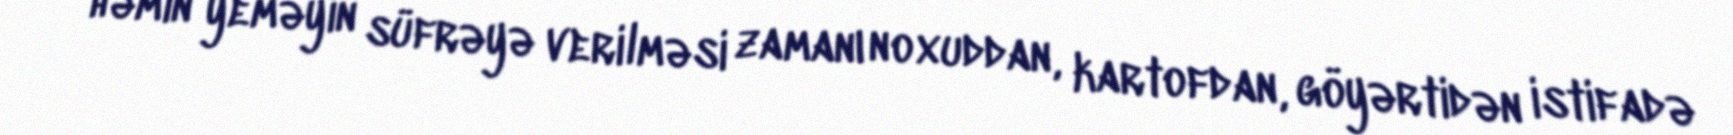
həmin yeməyin süfrəyə verilməsi zamanı noxuddan, kartofdan, göyərtidən istifadə